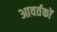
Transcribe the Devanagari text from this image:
आवर्तकों